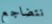
نتضاجع